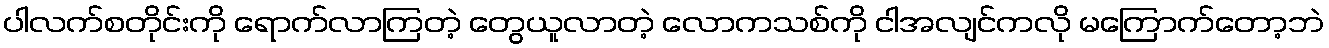
ပါလက်စတိုင်းကို ရောက်လာကြတဲ့ တွေယူလာတဲ့ လောကသစ်ကို ငါအလျင်ကလို မကြောက်တော့ဘဲ